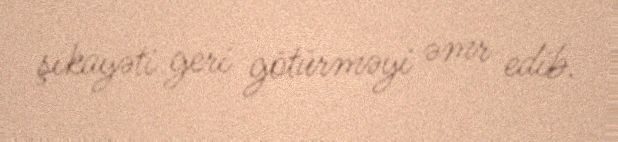
şikayəti geri götürməyi əmr edib.